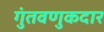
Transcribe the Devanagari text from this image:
गुंतवणुकदार